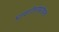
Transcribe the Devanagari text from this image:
भावगीतांबरोबरच